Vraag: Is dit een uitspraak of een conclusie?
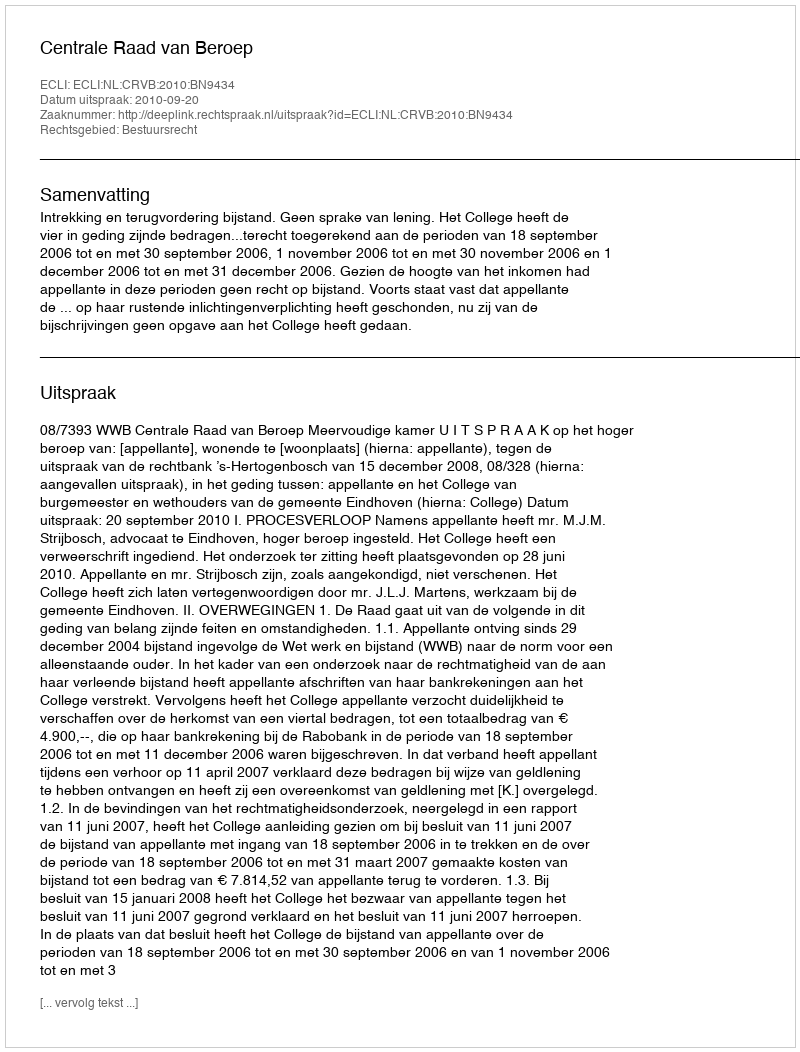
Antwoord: Uitspraak